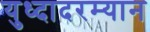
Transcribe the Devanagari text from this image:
युध्दादरम्यान